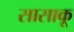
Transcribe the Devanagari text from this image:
सासाकू